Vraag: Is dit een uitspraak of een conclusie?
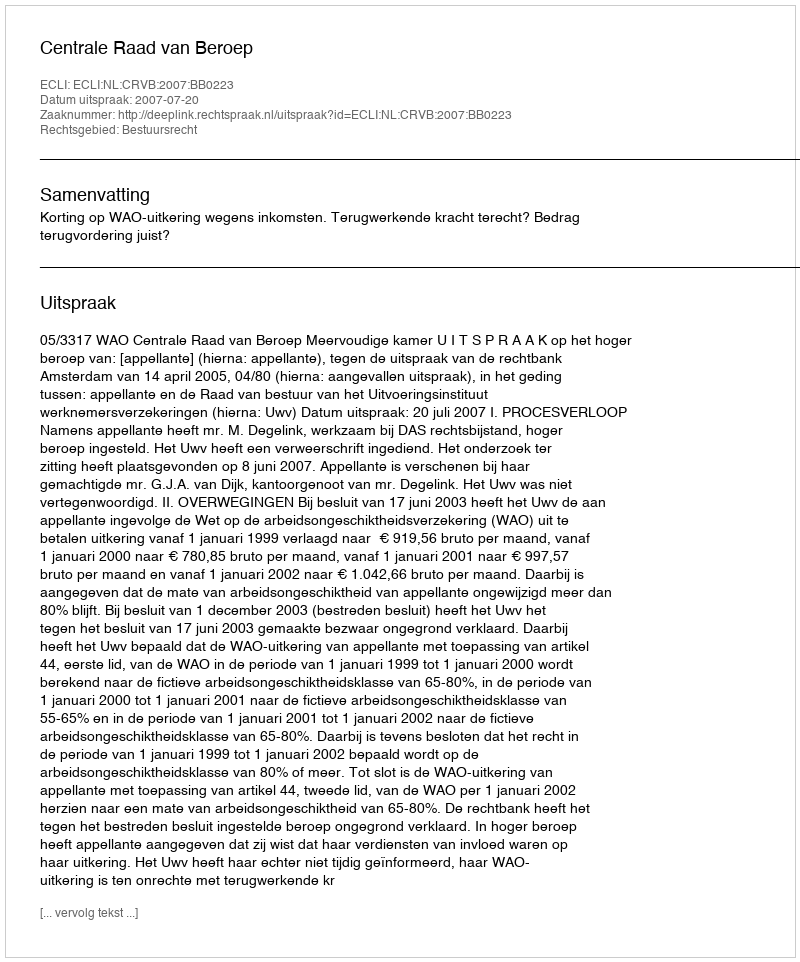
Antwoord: Uitspraak